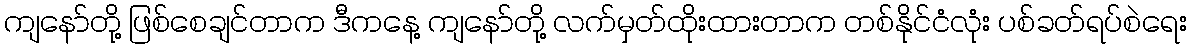
ကျနော်တို့ ဖြစ်စေချင်တာက ဒီကနေ့ ကျနော်တို့ လက်မှတ်ထိုးထားတာက တစ်နိုင်ငံလုံး ပစ်ခတ်ရပ်စဲရေး